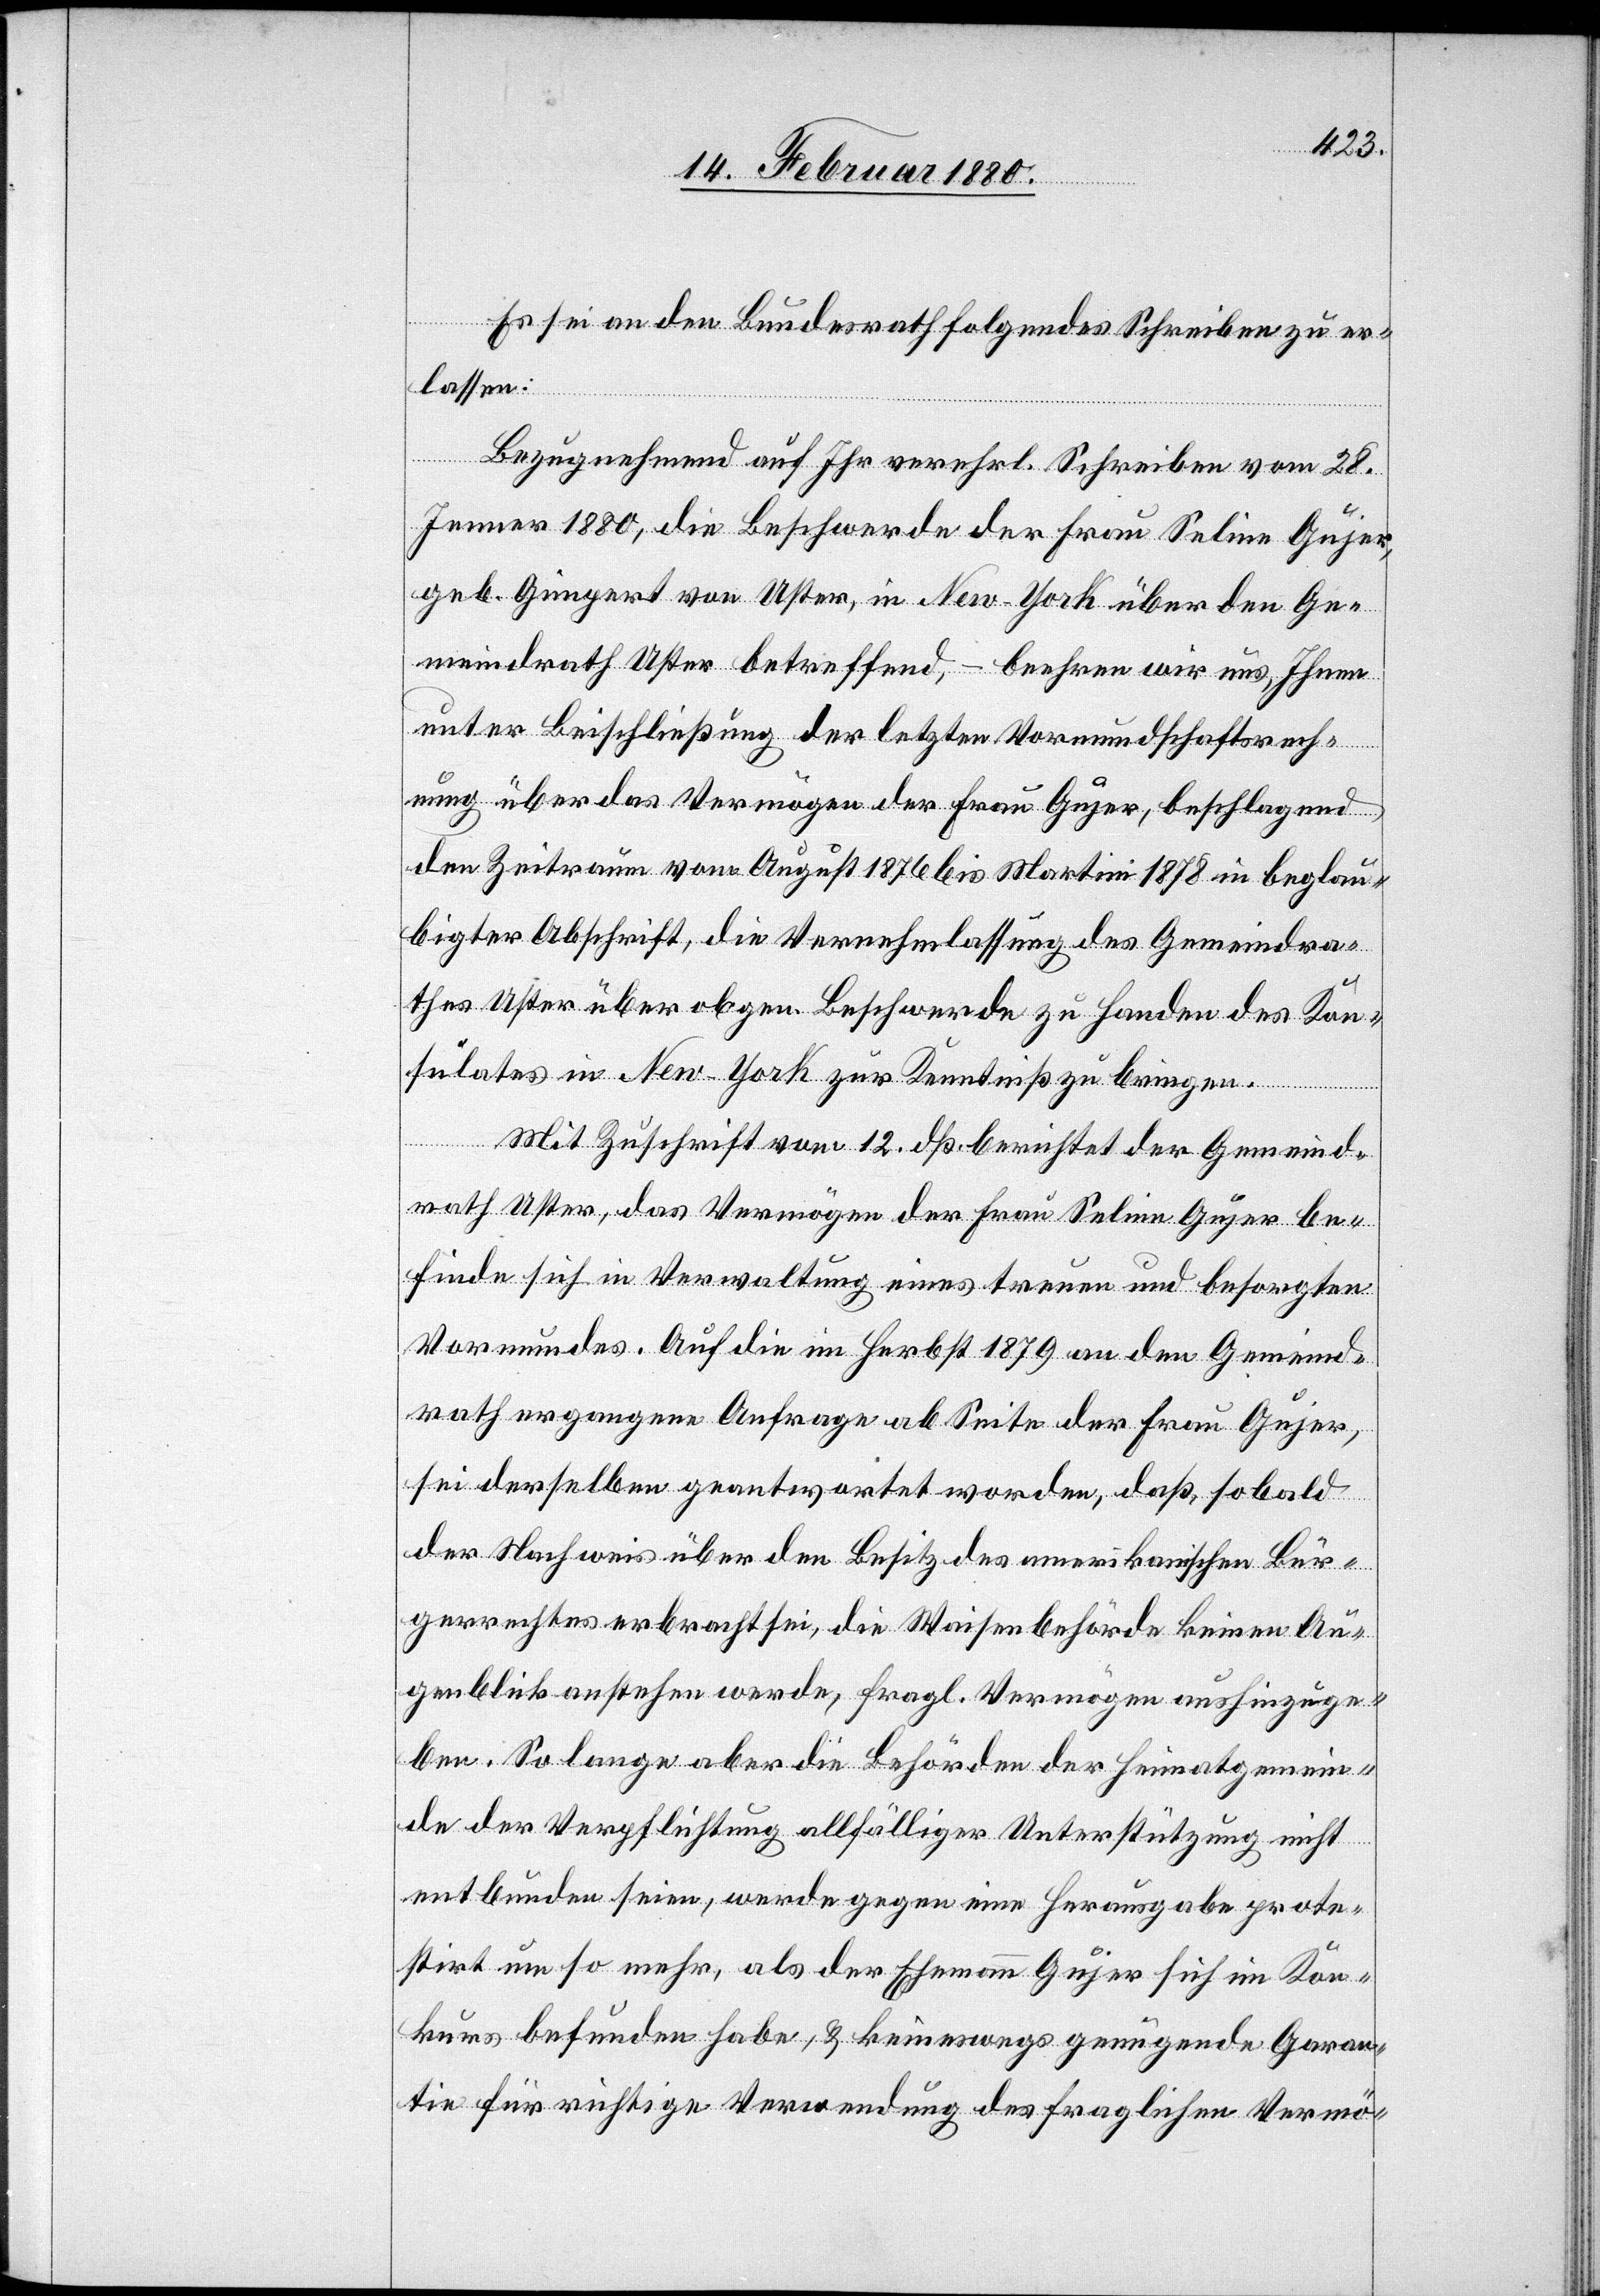
Es sei an den Bundesrath folgendes Schreiben zu er¬
lassen:
Bezugnehmend auf Ihr verehrl. Schreiben vom 28.
Jenner 1880, die Beschwerde der Frau Seline Gujer,
geb. Gimpert von Uster, in New-York über den Ge¬
meindrath Uster betreffend, – beehren wir uns, Ihnen
unter Beischließung der letzten Vormundschaftsrech¬
nung über das Vermögen der Frau Gujer, beschlagend
den Zeitraum vom August 1876 bis Martini 1878 in beglau¬
bigter Abschrift, die Vernehmlassung des Gemeindra¬
thes Uster über obgen. Beschwerde zu Handen des Kon¬
sulates in New-York zur Kenntniß zu bringen.
Mit Zuschrift vom 12. dß. berichtet der Gemeind¬
rath Uster, das Vermögen der Frau Seline Gujer be¬
finde sich in Verwaltung eines treuen und besorgten
Vormundes. Auf die im Herbst 1879 an den Gemeind¬
rath ergangene Anfrage ab Seite der Frau Gujer,
sei derselben geantwortet worden, daß, sobald
der Nachweis über den Besitz des amerikanischen Bür¬
gerrechtes erbracht sei, die Waisenbehörde keinen Au¬
genblick anstehen werde, fragl. Vermögen aushinzuge¬
ben. So lange aber die Behörden der Heimatgemein¬
de der Verpflichtung allfälliger Unterstützung nicht
entbunden seien, werde gegen eine Herausgabe prote¬
stirt um so mehr, als der Ehemann Gujer sich im Kon¬
kurs befunden habe, & keineswegs genügende Garan¬
tie für richtige Verwendung des fraglichen Vermö-